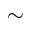
\sim